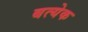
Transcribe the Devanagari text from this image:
बत्येक